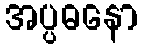
အပ္ပဓနော